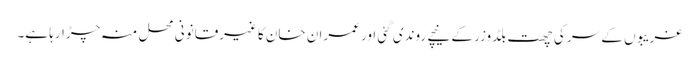
غریبوں کے سر کی چھت بلڈوزر کے نیچے روندی گئی اور عمران خان کا غیرقانونی محل منہ چڑارہا ہے۔